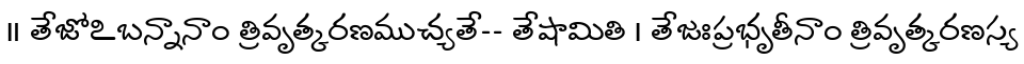
॥ తేజోఽబన్నానాం త్రివృత్కరణముచ్యతే-- తేషామితి । తేజఃప్రభృతీనాం త్రివృత్కరణస్య